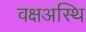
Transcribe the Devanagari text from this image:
वक्षअस्थि